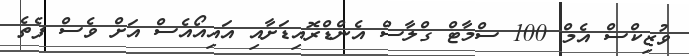
ވުޒިކްސް އެމް 100 ސްމާޓް ގްލާސް އެންޑްރޮއިޑަށާއި އައިއޯއެސް އަށް ވެސް ފެތެ